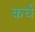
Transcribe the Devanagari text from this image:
कर्घे